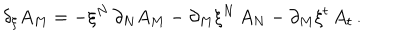
LaTeX: \delta _ { \xi } A _ { M } = - \xi ^ { N } \, \partial _ { N } A _ { M } - \partial _ { M } \xi ^ { N } \, A _ { N } - \partial _ { M } \xi ^ { t } \, A _ { t } \, .